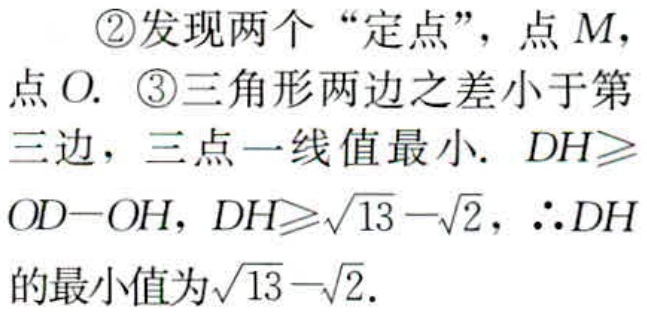
\textcircled{2}发现两个“定点”，点\(M\)，点\(O\). \textcircled{3}三角形两边之差小于第三边，三点一线值最小. \(DH\geqslant OD - OH\)，\(DH\geqslant\sqrt{13}-\sqrt{2}\)，\(\therefore DH\)的最小值为\(\sqrt{13}-\sqrt{2}\).